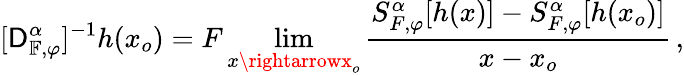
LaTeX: [\mathsf{D}_{\mathbb{{F}},\varphi}^{\alpha}]^{-1}h(x_{o})=F\operatorname*{lim}_{x\rightarrowx_{o}}\frac{{S_{F,\varphi}^{\alpha}[h(x)]-S_{F,\varphi}^{\alpha}[h(x_{o})]}}{{x-x_{o}}}\, ,